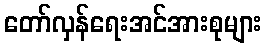
တော်လှန်ရေးအင်အားစုများ